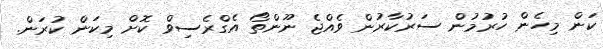
ކަން މިހެން ހުރުުމުން ސަރުކާރުން ވެއްޖެ ނޫންތޯ އެގްރެސިވް ކޮށް މިކަން ކުރަން.